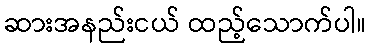
ဆားအနည်းငယ် ထည့်သောက်ပါ။